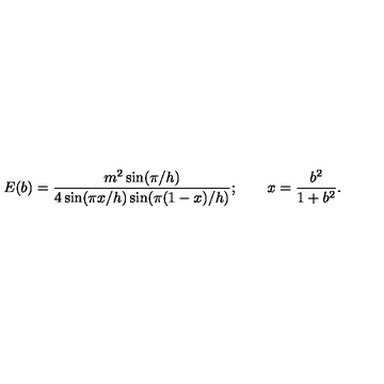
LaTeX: E ( b ) = \frac { m ^ { 2 } \sin ( \pi / h ) } { 4 \sin ( \pi x / h ) \sin ( \pi ( 1 - x ) / h ) } ; \qquad x = \frac { b ^ { 2 } } { 1 + b ^ { 2 } } .